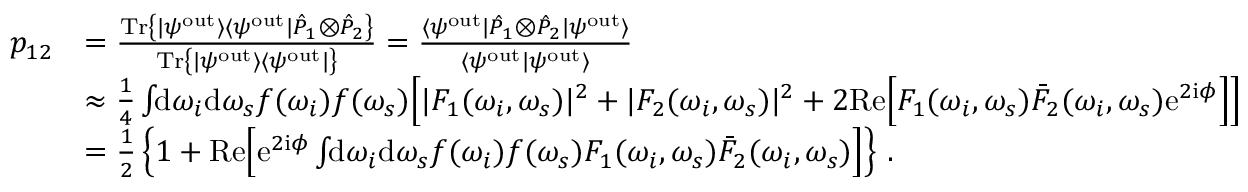
\begin{array} { r l } { p _ { 1 2 } } & { = \frac { \mathrm { T r } \left\{ | \psi ^ { \mathrm { o u t } } \rangle \langle \psi ^ { \mathrm { o u t } } | \hat { P } _ { 1 } \otimes \hat { P } _ { 2 } \right\} } { \mathrm { T r } \left\{ | \psi ^ { \mathrm { o u t } } \rangle \langle \psi ^ { \mathrm { o u t } } | \right\} } = \frac { \langle \psi ^ { \mathrm { o u t } } | \hat { P } _ { 1 } \otimes \hat { P } _ { 2 } | \psi ^ { \mathrm { o u t } } \rangle } { \langle \psi ^ { \mathrm { o u t } } | \psi ^ { \mathrm { o u t } } \rangle } } \\ & { \approx \frac { 1 } { 4 } \int \! \! \mathrm { d } \omega _ { i } \mathrm { d } \omega _ { s } f ( \omega _ { i } ) f ( \omega _ { s } ) \Big [ | F _ { 1 } ( \omega _ { i } , \omega _ { s } ) | ^ { 2 } + | F _ { 2 } ( \omega _ { i } , \omega _ { s } ) | ^ { 2 } + 2 \mathrm { R e } \Big [ F _ { 1 } ( \omega _ { i } , \omega _ { s } ) \bar { F } _ { 2 } ( \omega _ { i } , \omega _ { s } ) \mathrm { e } ^ { 2 \mathrm { i } \phi } \Big ] \Big ] } \\ & { = \frac { 1 } { 2 } \left\{ 1 + \mathrm { R e } \Big [ \mathrm { e } ^ { 2 \mathrm { i } \phi } \int \! \! \mathrm { d } \omega _ { i } \mathrm { d } \omega _ { s } f ( \omega _ { i } ) f ( \omega _ { s } ) F _ { 1 } ( \omega _ { i } , \omega _ { s } ) \bar { F } _ { 2 } ( \omega _ { i } , \omega _ { s } ) \Big ] \right\} \, . } \end{array}